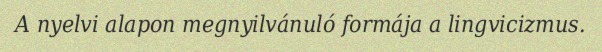
A nyelvi alapon megnyilvánuló formája a lingvicizmus.